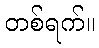
တစ်ရက်။